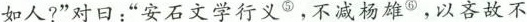
如人?”对日：”安石文学行义^{⑤}，不减杨雄^{⑥}，以吝故不